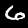
Label: 6